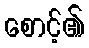
စောင့်၏